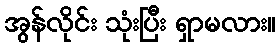
အွန်လိုင်း သုံးပြီး ရှာမလား။